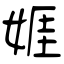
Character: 娾